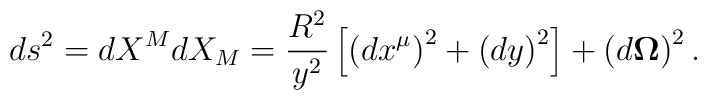
ds^{2}=dX^{M}dX_{M}=\frac{R^{2}}{y^{2}}\left[ \left( dx^{\mu }\right)^{2}+\left( dy\right) ^{2}\right] +\left( d\mathbf{\Omega }\right) ^{2}.